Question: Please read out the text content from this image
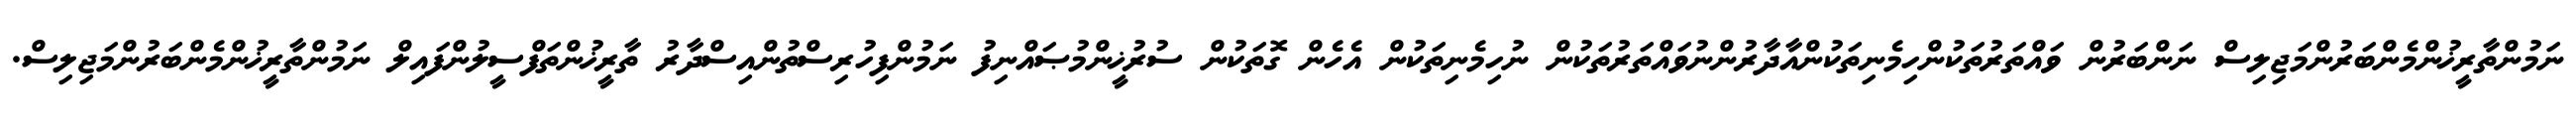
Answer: ނަމުންތާރީޚުންމެންބަރުންމަޖިލިސް ނަންބަރުން ވައްތަރުތަކުންހިމެނިތަކުންއާދާރުންނުވައްތަރުތަކުން ނުހިމެނިތަކުން އެހެން ގޮތަކުން ސުރުޚީންމުޞައްނިފު ނަމުންފިހުރިސްތުންއިސްދާރު ތާރީޚުންތަފްސީލުންފައިލް ނަމުންތާރީޚުންމެންބަރުންމަޖިލިސް.